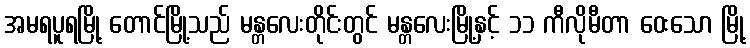
အမရပူရမြို့ တောင်မြို့သည် မန္တလေးတိုင်းတွင် မန္တလေးမြို့နှင့် ၁၁ ကီလိုမီတာ ဝေးသော မြို့